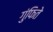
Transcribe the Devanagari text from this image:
गुंफिते